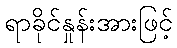
ရာခိုင်နှုန်းအားဖြင့်